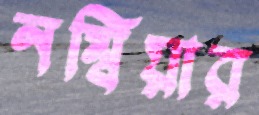
নম্বিয়ার